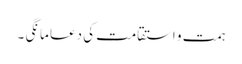
ہمت و استقامت کی دعا مانگی ۔